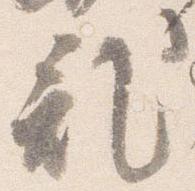
記